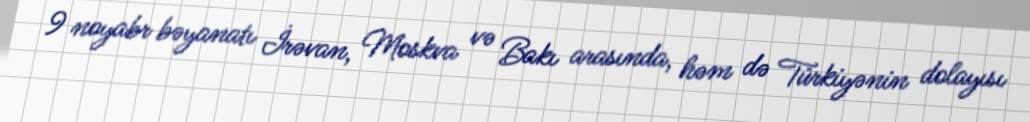
9 noyabr bəyanatı İrəvan, Moskva və Bakı arasında, həm də Türkiyənin dolayısı